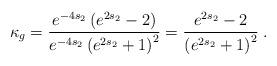
LaTeX: \begin{align*}\kappa_g=\frac{e^{-4s_2}\left(e^{2s_2}-2\right)}{e^{-4s_2}\left(e^{2s_2}+1\right)^2}=\frac{e^{2s_2}-2}{\left(e^{2s_2}+1\right)^2}\;.\end{align*}